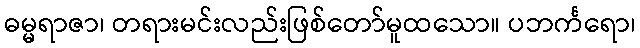
ဓမ္မရာဇာ၊ တရားမင်းလည်းဖြစ်တော်မူထသော။ ပဘင်္ကရော၊